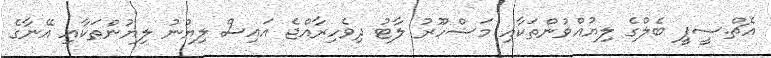
އެޗް.ސީޕީ ބެލްގެ ލިޔުއްވުންތަކާއި މަޝްހޫރު ލާޓު ދިވެހިރާއްޖެ އައިސް ލިޔުނު ލިޔުންތަކާއި އޭނާގެ